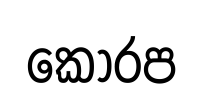
කොරප